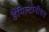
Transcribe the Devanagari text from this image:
हैमिल्टोनीयन